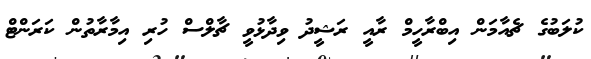
ކުލަބުގެ ޗެއާމަން އިބްރާހީމް ރާއީ ރަޝީދު ވިދާޅުވީ ޗާލްސް ހުރި އިމާރާތުން ކަރަންޓް